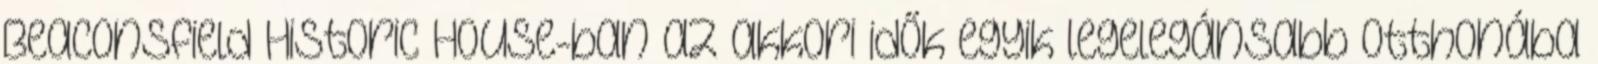
Beaconsfield Historic House-ban az akkori idők egyik legelegánsabb otthonába